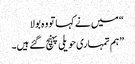
“ میں نے کہا تو وہ بولا
”ہم تمہاری حویلی پہنچ گئے ہیں۔